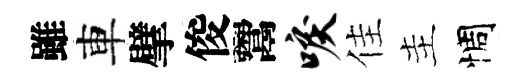
雖車擘俊鬻唳佳主惆